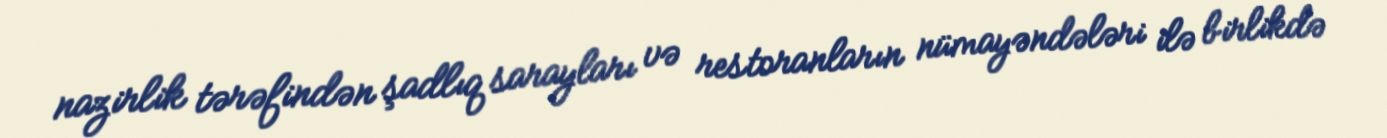
nazirlik tərəfindən şadlıq sarayları və restoranların nümayəndələri ilə birlikdə